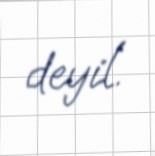
deyil.